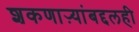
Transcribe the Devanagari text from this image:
शकणाऱ्यांबद्दलही